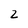
Character: z